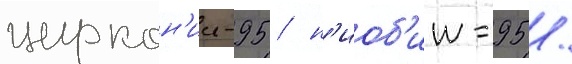
циркон'ии-95 / н'иоб'ии-95 /